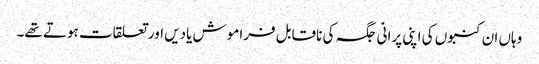
وہاں ان کنبوں کی اپنی پرانی جگہ کی ناقابل فراموش یادیں اور تعلقات ہوتے تھے۔